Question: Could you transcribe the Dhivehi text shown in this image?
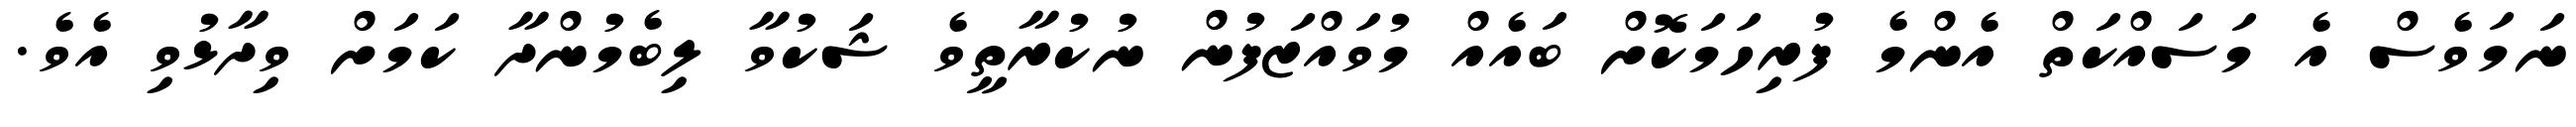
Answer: ނަމަވެސް އެ މަސައްކަތް އެންމެ ފުރިހަމަކޮށް ބައެއް މުވައްޒަފުން ނުކުރާތީވެ ޝަކުވާ ލިބެމުންދާ ކަމަށް ވިދާޅުވި އެވެ.